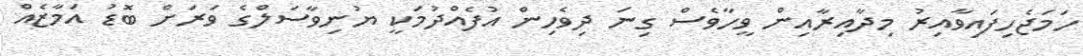
ހަމަޖެހިފައިވާއިރު މިދާއިރާއިން ވީހާވެސް ގިނަ ދިވެހިން އުފެއްދުމަކީ ޔުނިވާސަލްގެ ވަރަށް ބޮޑު އަމާޒެއް